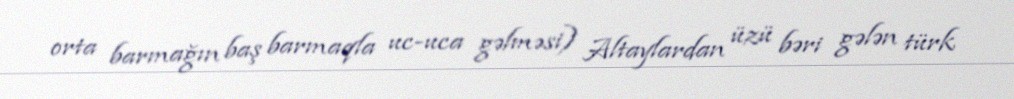
orta barmağın baş barmaqla uc-uca gəlməsi) Altaylardan üzü bəri gələn türk